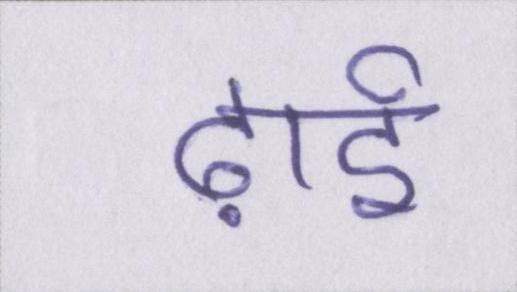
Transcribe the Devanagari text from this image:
ढ़ाई